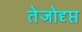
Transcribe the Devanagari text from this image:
तेजोदृप्त